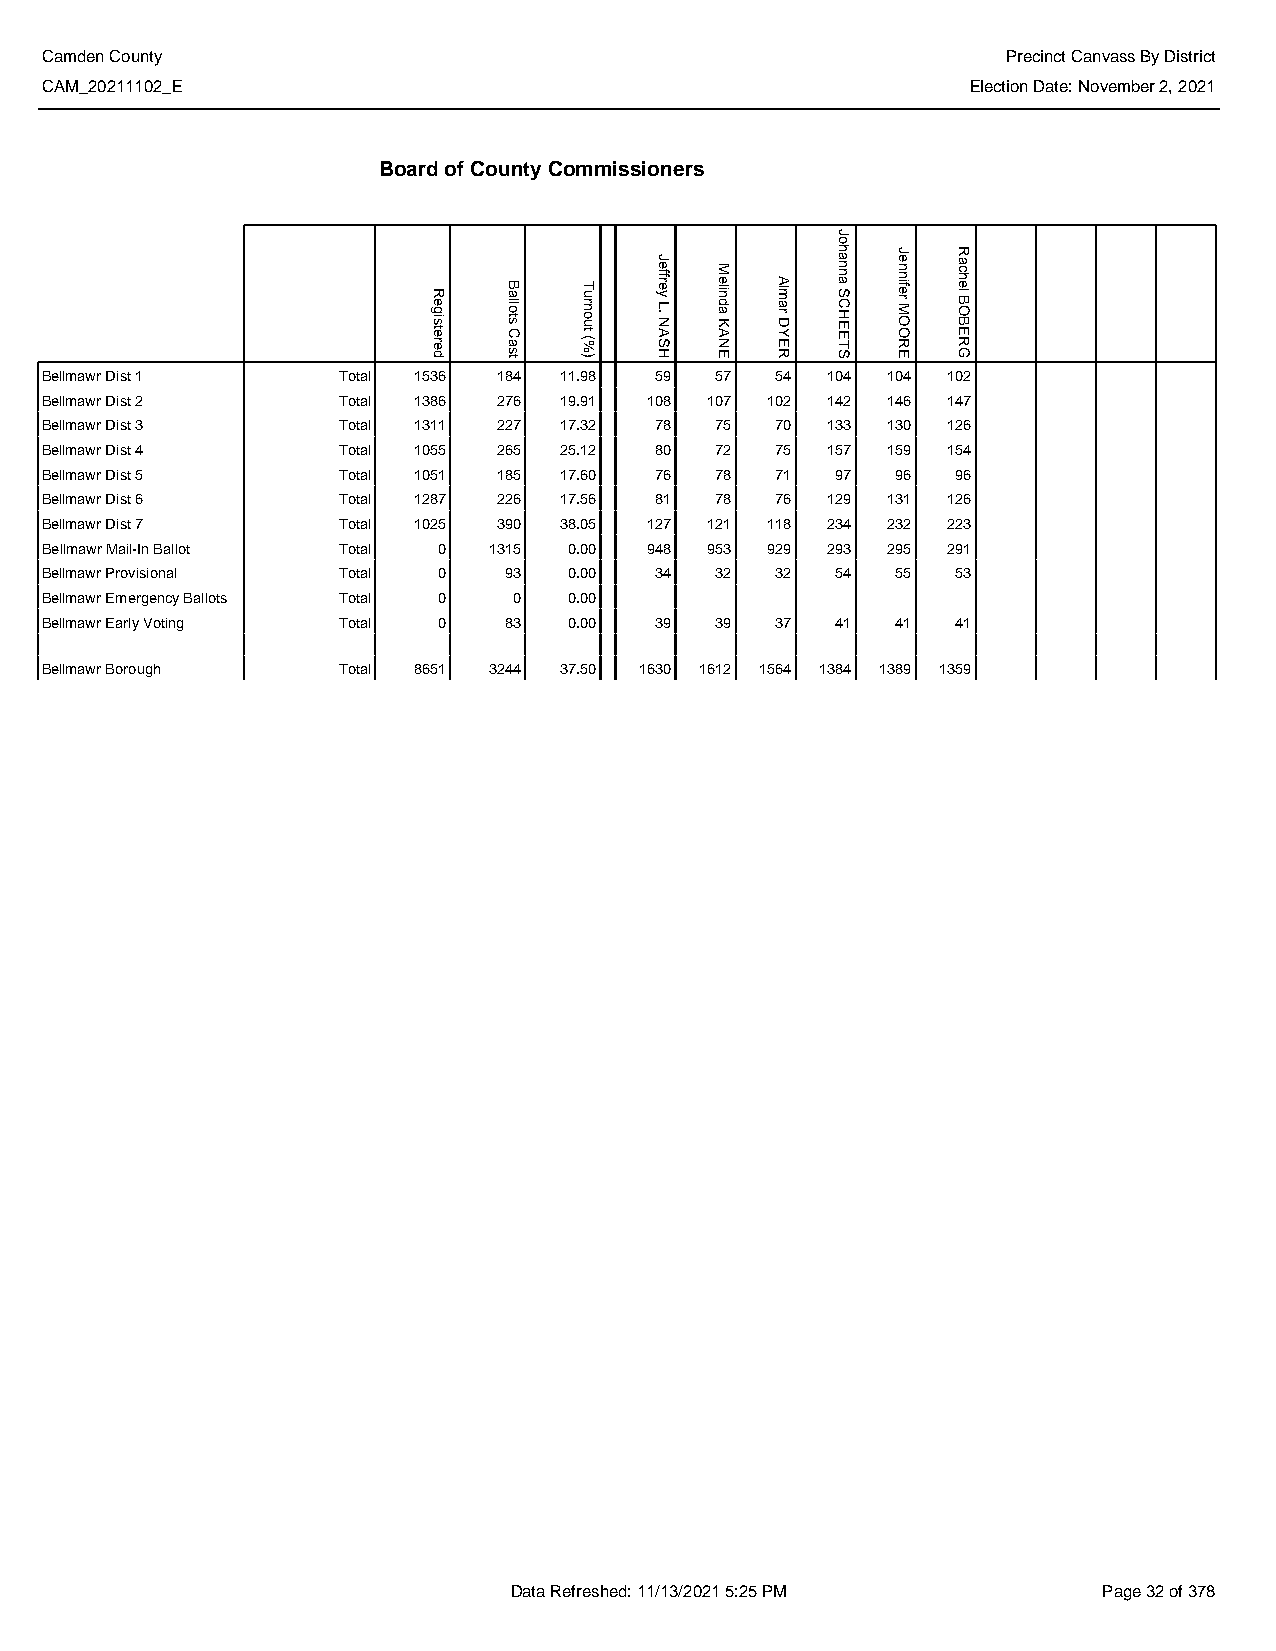
Camden County                                                   Precinct Canvass By District
 CAM_20211102_E                                               Election Date: November 2, 2021
 Board of County Commissioners
 Bellmawr Dist 1    Total 1536 184 11.98 59  57  54  104 104 102
 Bellmawr Dist 2    Total 1386 276 19.91 108 107 102 142 146 147
 Bellmawr Dist 3    Total 1311 227 17.32 78  75  70  133 130 126
 Bellmawr Dist 4    Total 1055 265 25.12 80  72  75  157 159 154
 Bellmawr Dist 5    Total 1051 185 17.60 76  78  71  97  96  96
 Bellmawr Dist 6    Total 1287 226 17.56 81  78  76  129 131 126
 Bellmawr Dist 7    Total 1025 390 38.05 127 121 118 234 232 223
 Bellmawr Mail-In Ballot Total 0 1315 0.00 948 953 929 293 295 291
 Bellmawr Provisional Total 0  93   0.00 34  32  32  54  55  53
 Bellmawr Emergency Ballots Total 0 0 0.00
 Bellmawr Early Voting Total 0 83   0.00 39  39  37  41  41  41
 Bellmawr Borough   Total 8651 3244 37.50 1630 1612 1564 1384 1389 1359
 Data Refreshed: 11/13/2021 5:25 PM     Page 32 of 378
 Registered
 Ballots
 Cast
 Turnout
 (%)
 Jeffrey
 L.
 NASH
 Melinda
 KANE
 Almar
 DYER
 Johanna
 SCHEETS
 Jennifer
 MOORE
 Rachel
 BOBERG